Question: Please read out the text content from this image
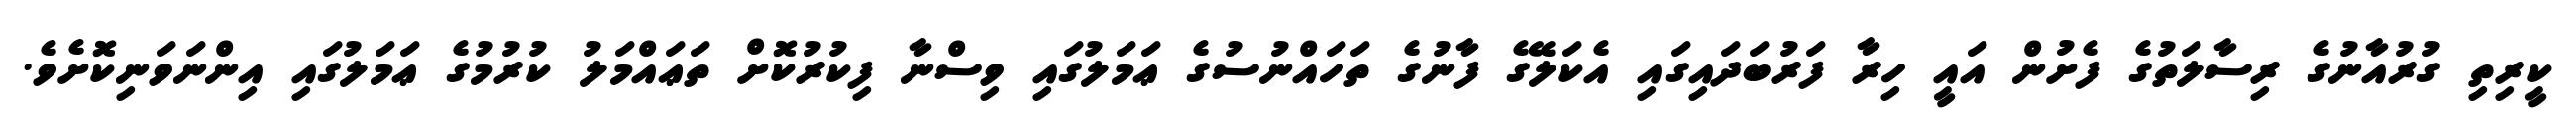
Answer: ކީރިތި ގުރުއާނުގެ ރިސާލަތުގެ ފެށުން އައީ ހިރާ ފަރުބަދައިގައި އެކަލޭގެ ފާނުގެ ތަހައްނުސުގެ ޢަމަލުގައި ވިސްނާ ފިކުރުކޮށް ތަޢައްމަލު ކުރުމުގެ ޢަމަލުގައި އިންނަވަނިކޮށެވެ.